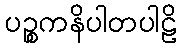
ပဉ္စကနိပါတပါဠိ